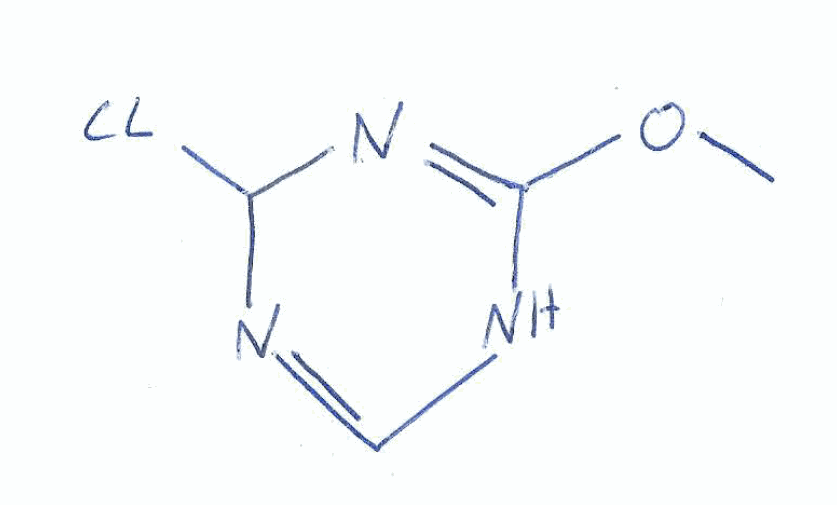
Simplified molecular-input line-entry system (SMILES) notation of the given molecule:
COC1=NC(N=CN1)Cl